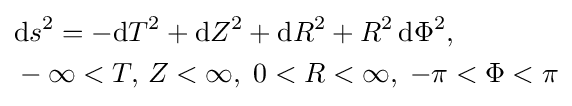
{\begin{aligned}&\mathrm {d} s^{2}=-\mathrm {d} T^{2}+\mathrm {d} Z^{2}+\mathrm {d} R^{2}+R^{2}\,\mathrm {d} \Phi ^{2},\;\;\\&-\infty <T,\,Z<\infty ,\;0<R<\infty ,\;-\pi <\Phi <\pi \end{aligned}}